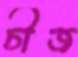
চীজ